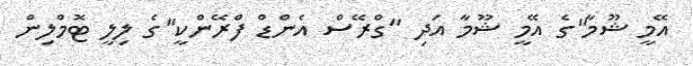
އޭމީ ޝޫމާ"ގެ އޭމީ ޝޫމާ އަދި "ގްރޭސް އެންޑް ފްރޭންކީ"ގެ ލިލީ ޓޮމްލިން